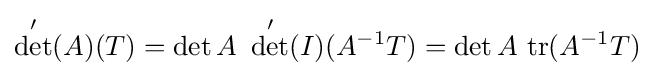
\det '(A)(T)=\det A\ \det '(I)(A^{-1}T)=\det A\ \mathrm {tr} (A^{-1}T)